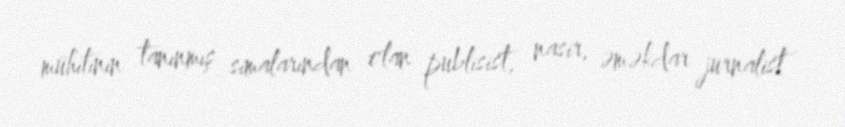
mühitinin tanınmış simalarından olan publisist, nasir, əməkdar jurnalist